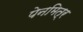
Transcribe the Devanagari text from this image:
पेनमित्र